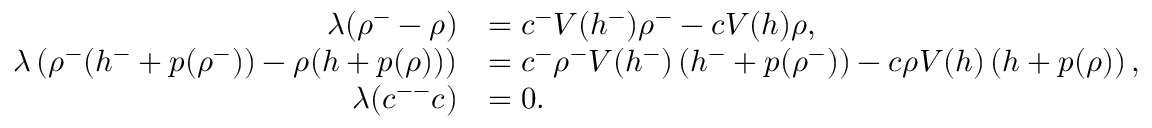
\begin{array} { r l } { \lambda ( \rho ^ { - } - \rho ) } & { = c ^ { - } V ( h ^ { - } ) \rho ^ { - } - c V ( h ) \rho , } \\ { \lambda \left( \rho ^ { - } ( h ^ { - } + p ( \rho ^ { - } ) ) - \rho ( h + p ( \rho ) ) \right) } & { = c ^ { - } \rho ^ { - } V ( h ^ { - } ) \left( h ^ { - } + p ( \rho ^ { - } ) \right) - c \rho V ( h ) \left( h + p ( \rho ) \right) , } \\ { \lambda ( c ^ { -- } c ) } & { = 0 . } \end{array}